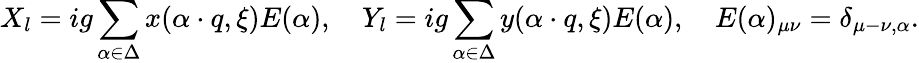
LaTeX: X_{l}=ig\sum_{\alpha\in\Delta}x(\alpha\cdot q,\xi)E(\alpha),\quad Y_{l}=ig\sum_{\alpha\in\Delta}y(\alpha\cdot q,\xi)E(\alpha),\quad E(\alpha)_{\mu\nu}=\delta_{\mu-\nu,\alpha}.